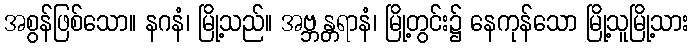
အစွန်ဖြစ်သော။ နဂနံ၊ မြို့သည်။ အဗ္ဘန္တရာနံ၊ မြို့တွင်း၌ နေကုန်သော မြို့သူမြို့သား